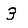
Digit: 3